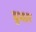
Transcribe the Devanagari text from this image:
घुमार